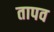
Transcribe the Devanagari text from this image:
तापव